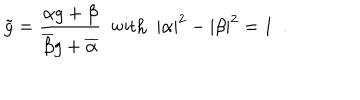
LaTeX: \tilde { g } = \frac { \alpha g + \beta } { \overline { { { \beta } } } g + \overline { { { \alpha } } } } ~ ~ \mathrm { w i t h } ~ ~ | \alpha | ^ { 2 } - | \beta | ^ { 2 } = 1 ~ ~ .